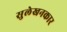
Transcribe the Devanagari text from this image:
सुलेखनकार